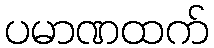
ပမာဏထက်